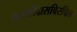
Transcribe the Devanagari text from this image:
तुलसीदासविरचित